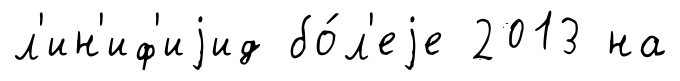
л'ин'иф'иjид бо́л'еjе 2013 на